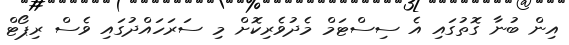
އިން ބުނާ ގޮތުގައި އެ ސިސްޓަމް މެދުވެރިކޮށް މި ސަރަހައްދުގައި ވެސް ރިޕޯޓް